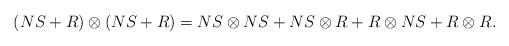
LaTeX: \begin{align*}(NS+R)\otimes (NS+R)=NS\otimes NS+NS\otimes R+R\otimes NS+R\otimes R.\end{align*}